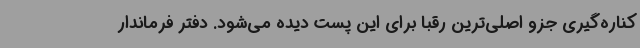
کناره‌گیری جزو اصلی‌ترین رقبا برای این پست دیده می‌شود. دفتر فرماندار